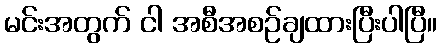
မင်းအတွက် ငါ အစီအစဉ်ချထားပြီးပါပြီ။